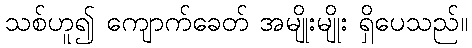
သစ်ဟူ၍ ကျောက်ခေတ် အမျိုးမျိုး ရှိပေသည်။